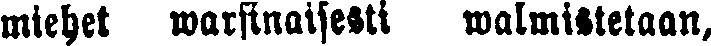
miehet warsinaisesti walmistetaan,